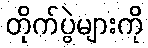
တိုက်ပွဲများကို